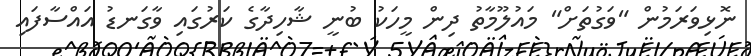
ނޮޅިވަރަމުން "ވަގުތަށް" މައުލޫމާތު ދިން މީހަކު ބުނީ ޝާހިދާގެ ކަރުގައި ވާގަނޑު އައްސާފައި